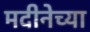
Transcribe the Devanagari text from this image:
मदीनेच्या